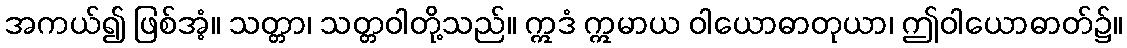
အကယ်၍ ဖြစ်အံ့။ သတ္တာ၊ သတ္တဝါတို့သည်။ ဣဒံ ဣမာယ ဝါယောဓာတုယာ၊ ဤဝါယောဓာတ်၌။